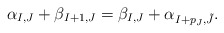
\begin{align*}\alpha_{I,J}+\beta_{I+1,J}=\beta_{I,J}+\alpha_{I+p_J,\tilde{J}}.\end{align*}